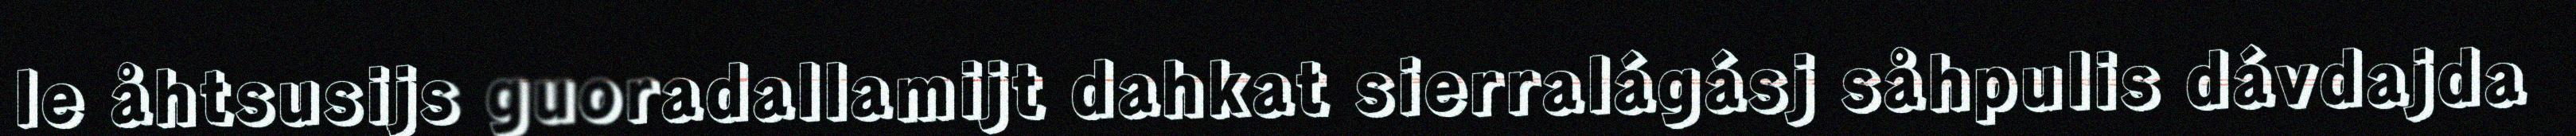
le åhtsusijs guoradallamijt dahkat sierralágásj såhpulis dávdajda